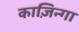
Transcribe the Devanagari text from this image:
काज़िन्गा